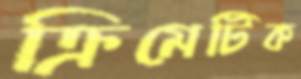
ক্রিমেটিক